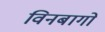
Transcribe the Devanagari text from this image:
विनबागो